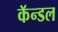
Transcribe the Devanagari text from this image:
कॅन्डल